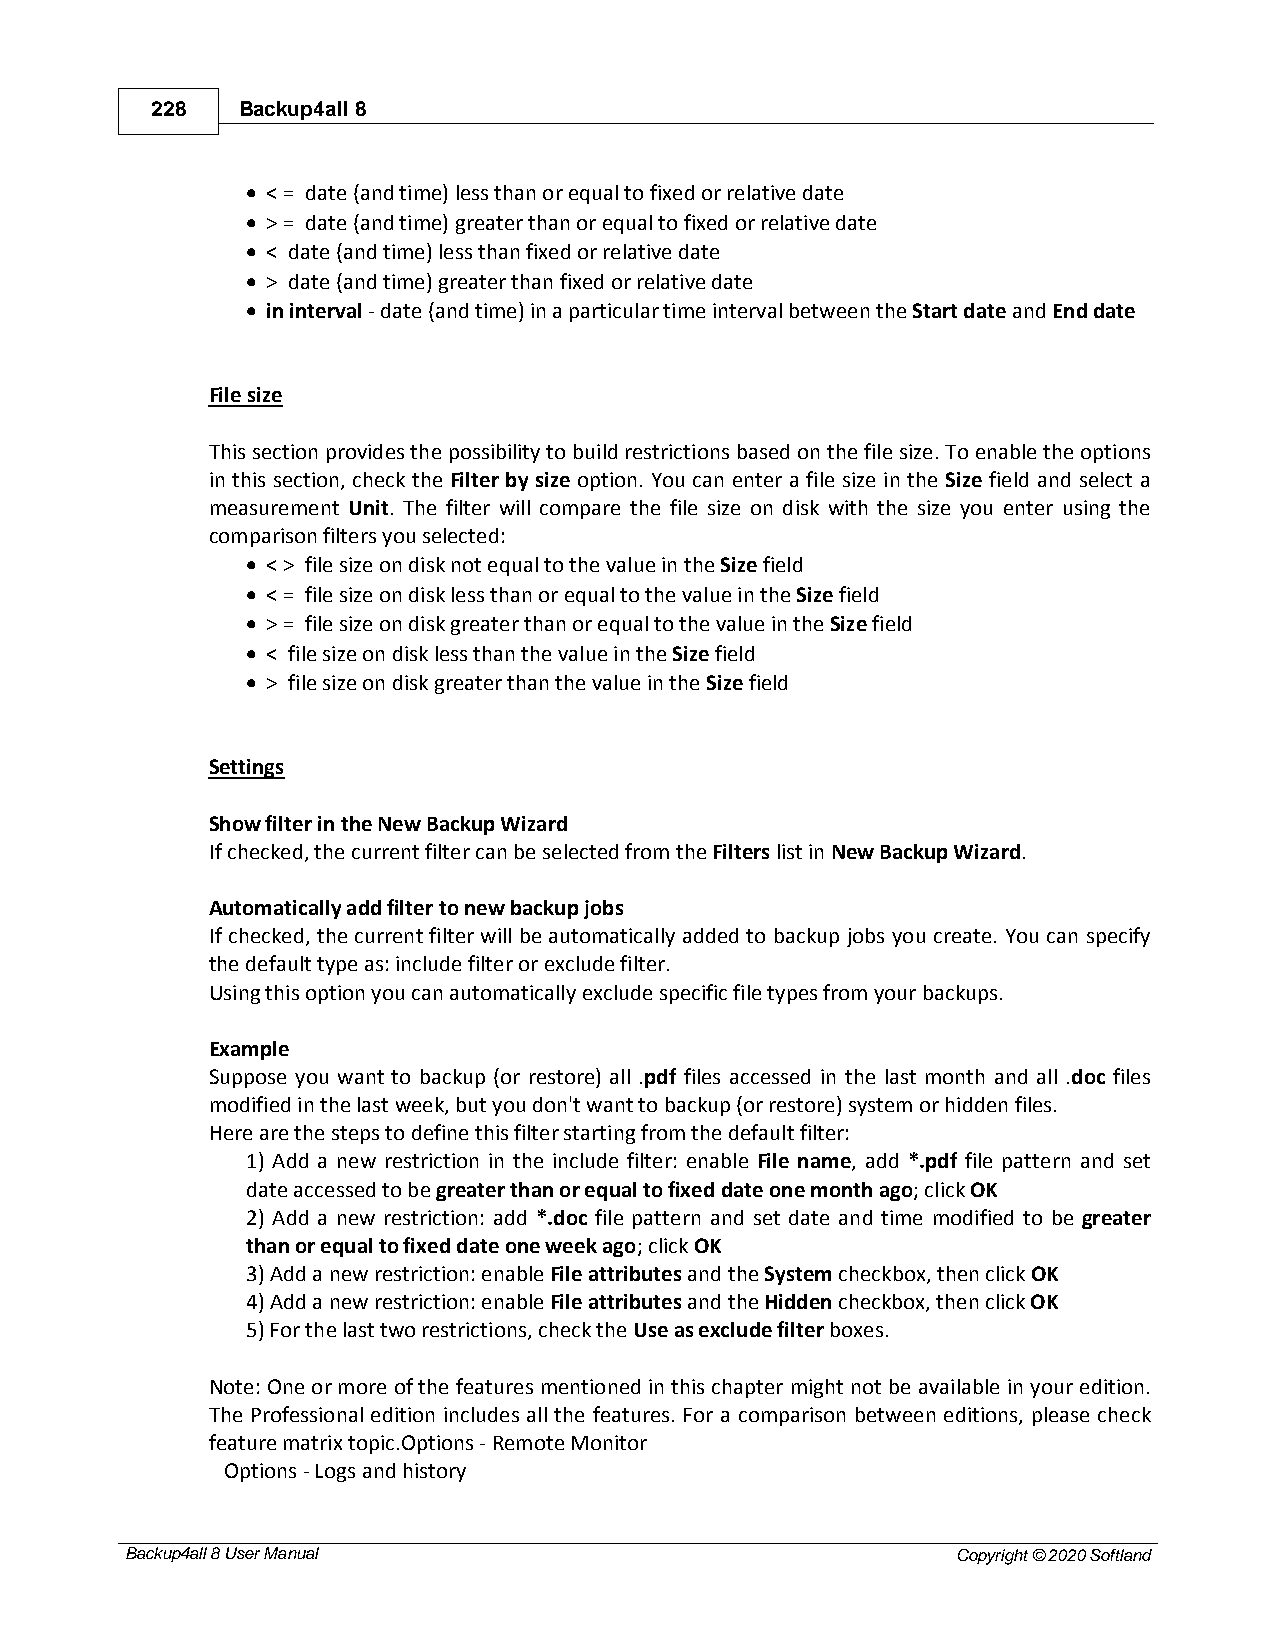
228   Backup4all 8
 · < = date (and time) less than or equal to fixed or relative date
 · > = date (and time) greater than or equal to fixed or relative date
 · < date (and time) less than fixed or relative date
 · > date (and time) greater than fixed or relative date
 · in interval - date (and time) in a particular time interval between the Start date and End date
 File size
 This section provides the possibility to build restrictions based on the file size. To enable the options
 in this section, check the Filter by size option. You can enter a file size in the Size field and select a
 measurement Unit. The filter will compare the file size on disk with the size you enter using the
 comparison filters you selected:
 · < > file size on disk not equal to the value in the Size field
 · < = file size on disk less than or equal to the value in the Size field
 · > = file size on disk greater than or equal to the value in the Size field
 · < file size on disk less than the value in the Size field
 · > file size on disk greater than the value in the Size field
 Settings
 Show filter in the New Backup Wizard
 If checked, the current filter can be selected from the Filters list in New Backup Wizard.
 Automatically add filter to new backup jobs
 If checked, the current filter will be automatically added to backup jobs you create. You can specify
 the default type as: include filter or exclude filter.
 Using this option you can automatically exclude specific file types from your backups.
 Example
 Suppose you want to backup (or restore) all .pdf files accessed in the last month and all .doc files
 modified in the last week, but you don't want to backup (or restore) system or hidden files.
 Here are the steps to define this filter starting from the default filter:
 1) Add a new restriction in the include filter: enable File name, add *.pdf file pattern and set
 date accessed to be greater than or equal to fixed date one month ago; click OK
 2) Add a new restriction: add *.doc file pattern and set date and time modified to be greater
 than or equal to fixed date one week ago; click OK
 3) Add a new restriction: enable File attributes and the System checkbox, then click OK
 4) Add a new restriction: enable File attributes and the Hidden checkbox, then click OK
 5) For the last two restrictions, check the Use as exclude filter boxes.
 Note: One or more of the features mentioned in this chapter might not be available in your edition.
 The Professional edition includes all the features. For a comparison between editions, please check
 feature matrix topic.Options - Remote Monitor
 Options - Logs and history
 Backup4all 8 User Manual                               Copyright © 2020 Softland